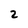
Character: 2